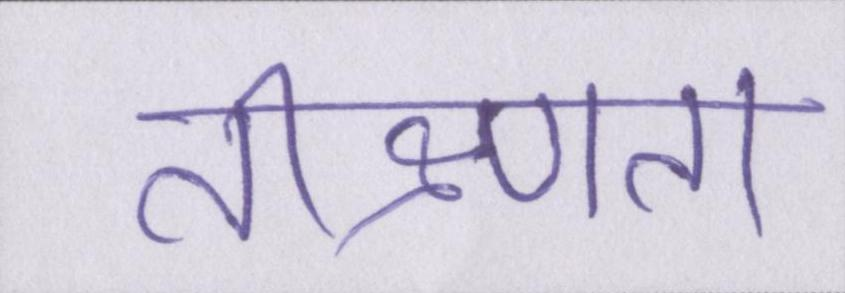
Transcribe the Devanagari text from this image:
तीक्ष्णता